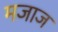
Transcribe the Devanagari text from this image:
मजाज